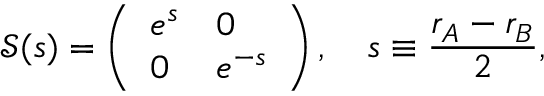
\mathcal { S } ( s ) = \left( \begin{array} { l l } { e ^ { s } } & { 0 } \\ { 0 } & { e ^ { - s } } \end{array} \right) , \quad s \equiv \frac { r _ { A } - r _ { B } } { 2 } ,